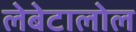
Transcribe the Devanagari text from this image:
लेबेटालोल